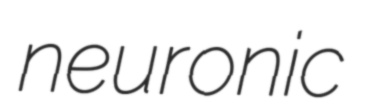
neuronic